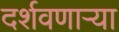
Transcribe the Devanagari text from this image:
दर्शवणार्‍या